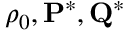
\rho _ { 0 } , { \bf P ^ { * } , Q ^ { * } }